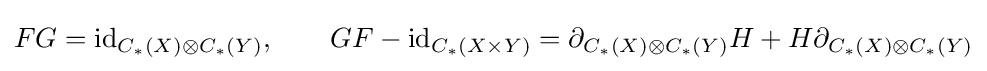
FG=\mathrm {id} _{C_{*}(X)\otimes C_{*}(Y)},\qquad GF-\mathrm {id} _{C_{*}(X\times Y)}=\partial _{C_{*}(X)\otimes C_{*}(Y)}H+H\partial _{C_{*}(X)\otimes C_{*}(Y)}